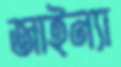
জাইন্যা